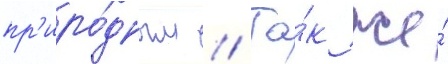
пр'иро́дным // Та́к же́